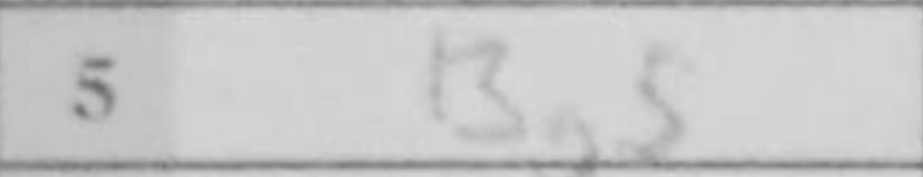
Transcription: Bg5